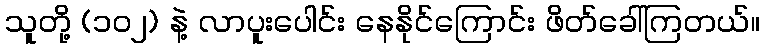
သူတို့ (၁၀၂) နဲ့ လာပူးပေါင်း နေနိုင်ကြောင်း ဖိတ်ခေါ်ကြတယ်။